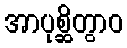
အာပုစ္ဆိတွာဝ